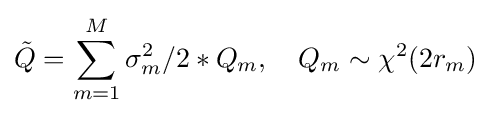
{\tilde {Q}}=\sum _{m=1}^{M}\sigma _{m}^{2}/2*Q_{m},\quad Q_{m}\sim \chi ^{2}(2r_{m})